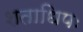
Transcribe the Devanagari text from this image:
शताधिपः